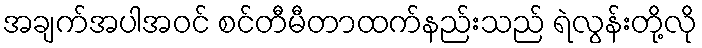
အချက်အပါအဝင် စင်တီမီတာထက်နည်းသည် ရဲလွန်းတို့လို